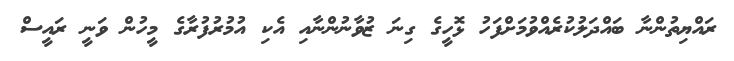
ރައްޔިތުންނާ ބައްދަލުކުރެއްވުމަށްފަހު ޅޮހީގެ ގިނަ ޒުވާނުންނާއި އެކި އުމުރުފުރާގެ މީހުން ވަނީ ރައީސް